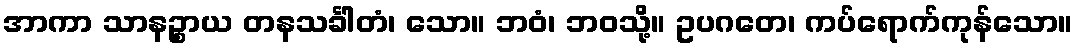
အာကာ သာနဉ္စာယ တနသင်္ခါတံ၊ သော။ ဘဝံ၊ ဘဝသို့။ ဥပဂတေ၊ ကပ်ရောက်ကုန်သော။